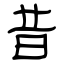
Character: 昔